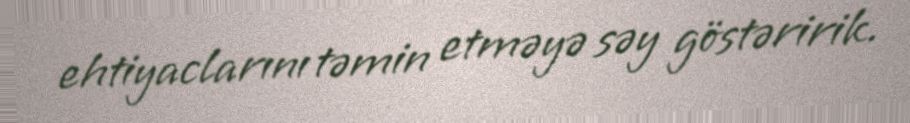
ehtiyaclarını təmin etməyə səy göstəririk.